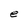
Character: e